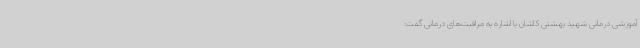
آموزشی درمانی شهید بهشتی کاشان با اشاره به مراقبت‌های درمانی گفت: